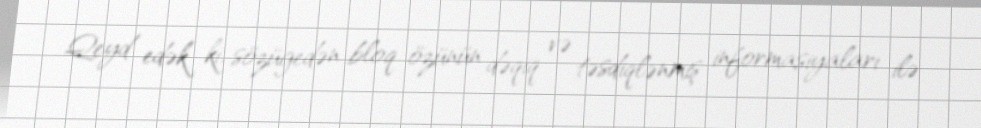
Qeyd edək ki, sözügedən bloq özünün dəqiq və təsdiqlənmiş informasiyaları ilə